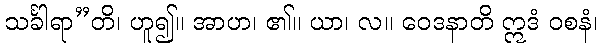
သင်္ခါရာ”တိ၊ ဟူ၍။ အာဟ၊ ၏။ ယာ၊ လ။ ဝေဒနာတိ ဣဒံ ဝစနံ၊